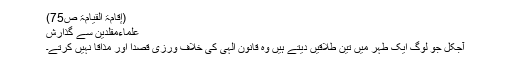
(إقامۃ القیامۃ ص75)
علماءمقلدین سے گذارش
آجکل جو لوگ ایک طہر میں تین طلاقیں دیتے ہیں وہ قانون الٰہی کی خلاف ورزی قصدًا اور مذاقاً نہیں کرتے۔